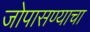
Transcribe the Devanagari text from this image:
जोपासण्याचा